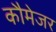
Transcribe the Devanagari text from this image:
कौमेजर